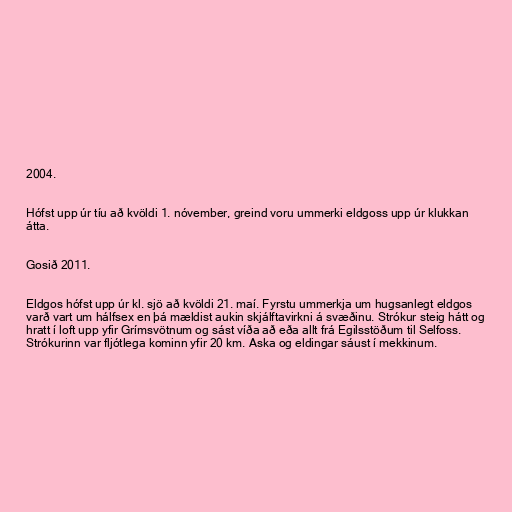
2004.

Hófst upp úr tíu að kvöldi 1. nóvember, greind voru ummerki eldgoss upp úr klukkan
átta.

Gosið 2011.

Eldgos hófst upp úr kl. sjö að kvöldi 21. maí. Fyrstu ummerkja um hugsanlegt eldgos
varð vart um hálfsex en þá mældist aukin skjálftavirkni á svæðinu. Strókur steig hátt og
hratt í loft upp yfir Grímsvötnum og sást víða að eða allt frá Egilsstöðum til Selfoss.
Strókurinn var fljótlega kominn yfir 20 km. Aska og eldingar sáust í mekkinum.